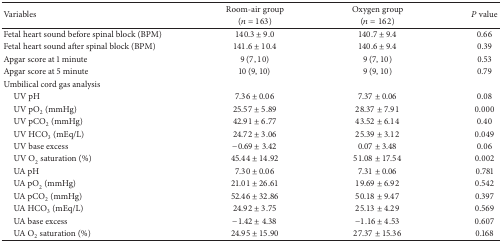
| <ROWSPAN=2> Variables | Room-air group | Oxygen group | <ROWSPAN=2> P value |
 | (n = 163) | (n = 162) |
 | --- | --- | --- | --- |
 | Fetal heart sound before spinal block (BPM) | 140.3 ± 9.0 | 140.7 ± 9.4 | 0.66 |
 | Fetal heart sound after spinal block (BPM) | 141.6 ± 10.4 | 140.6 ± 9.4 | 0.39 |
 | Apgar score at 1 minute | 9 (7, 10) | 9 (7, 10) | 0.53 |
 | Apgar score at 5 minute | 10 (9, 10) | 9 (9,10) | 0.79 |
 | Umbilical cord gas analysis |  |  |  |
 | UV pH | 7.36 ± 0.06 | 7.37 ± 0.06 | 0.08 |
 | UV pO2 (mmHg) | 25.57 ± 5.89 | 28.37 ± 7.91 | 0.000 |
 | UV pCO2 (mmHg) | 42.91 ± 6.77 | 43.52 ± 6.14 | 0.40 |
 | UV HCO3 (mEq/L) | 24.72 ± 3.06 | 25.39 ± 3.12 | 0.049 |
 | UV base excess | −0.69 ± 3.42 | 0.07 ± 3.48 | 0.06 |
 | UV O2 saturation (%) | 45.44 ± 14.92 | 51.08 ± 17.54 | 0.002 |
 | UA pH | 7.30 ± 0.06 | 7.31 ± 0.06 | 0.781 |
 | UA pO2 (mmHg) | 21.01 ± 26.61 | 19.69 ± 6.92 | 0.542 |
 | UA pCO2 (mmHg) | 52.46 ± 32.86 | 50.18 ± 9.47 | 0.397 |
 | UA HCO3 (mEq/L) | 24.92 ± 3.75 | 25.13 ± 4.29 | 0.569 |
 | UA base excess | −1.42 ± 4.38 | −1.16 ± 4.53 | 0.607 |
 | UA O2 saturation (%) | 24.95 ± 15.90 | 27.37 ± 15.36 | 0.168 |